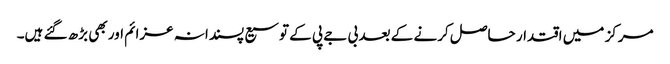
مرکز میں اقتدار حاصل کرنے کے بعد بی جے پی کے توسیع پسندانہ عزائم اور بھی بڑھ گئے ہیں۔